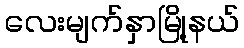
လေးမျက်နှာမြို့နယ်